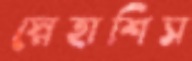
স্নেহাশিস